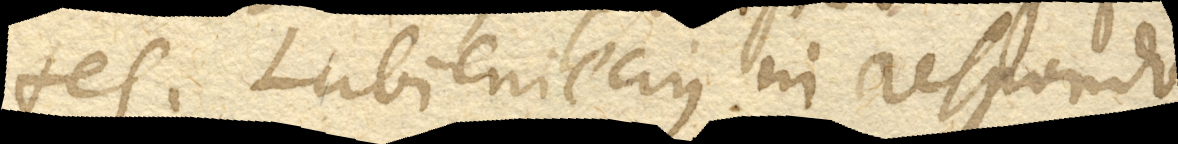
tes. Lubieniecius in respondendo